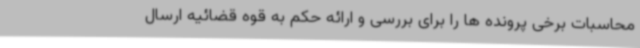
محاسبات برخی پرونده ها را برای بررسی و ارائه حکم به قوه قضائیه ارسال